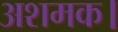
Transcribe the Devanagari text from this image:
अशमक।